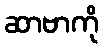
ဆာဗာကို